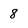
Character: 8